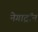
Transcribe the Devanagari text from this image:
नेगाट्रॉन